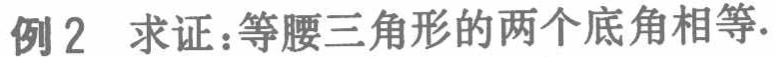
例2 求证：等腰三角形的两个底角相等.